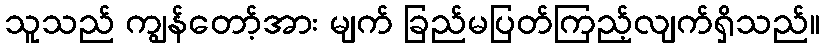
သူသည် ကျွန်တော့်အား မျက် ခြည်မပြတ်ကြည့်လျက်ရှိသည်။